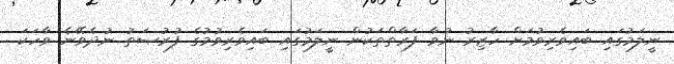
ނީލަމުގައި ބައިވެރިވުމަށް ހާޒިރު ނުވާ ފަރާތްތަކުން ނީލަމުގައި ބައިވެރިވުމުގެ ފުރުޞަތު ނުދެވޭނެ ވާހަކަ